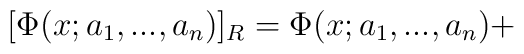
[\Phi(x;a_1,...,a_n)]_R  =  \Phi(x;a_1,...,a_n) +